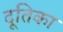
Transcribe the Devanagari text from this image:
दूतिका